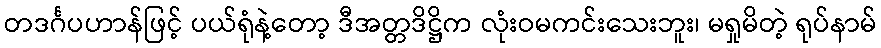
တဒင်္ဂပဟာန်ဖြင့် ပယ်ရုံနဲ့တော့ ဒီအတ္တဒိဋ္ဌိက လုံးဝမကင်းသေးဘူး၊ မရှုမိတဲ့ ရုပ်နာမ်